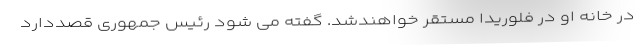
در خانه او در فلوریدا مستقر خواهندشد. گفته می شود رئیس جمهوری قصددارد